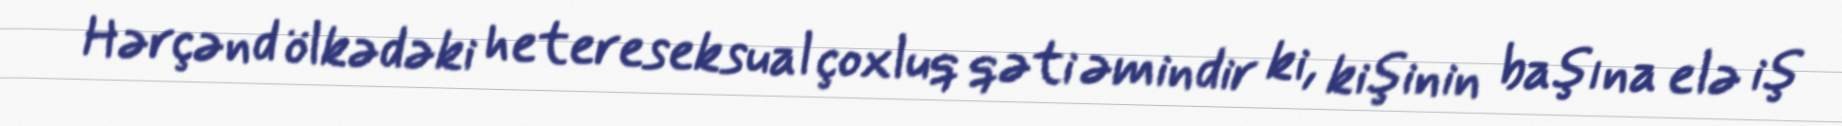
Hərçənd ölkədəki hetereseksual çoxluq qəti əmindir ki, kişinin başına elə iş